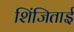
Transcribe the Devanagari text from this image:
शिंजिताई